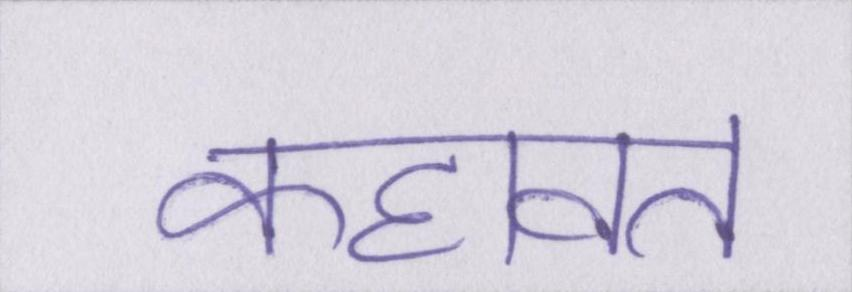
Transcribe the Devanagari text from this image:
कहावत